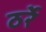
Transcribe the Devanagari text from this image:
ठर्रे